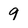
Character: 9